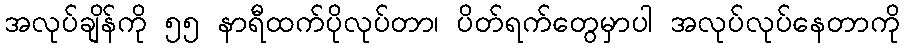
အလုပ်ချိန်ကို ၅၅ နာရီထက်ပိုလုပ်တာ၊ ပိတ်ရက်တွေမှာပါ အလုပ်လုပ်နေတာကို